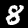
Digit: 8